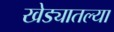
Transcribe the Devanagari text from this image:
खेड्यातल्या